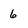
Character: 6